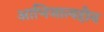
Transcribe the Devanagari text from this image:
आभिजात्यहीन